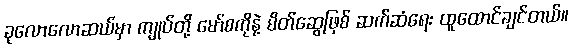
ခုလောလောဆယ်မှာ ကျုပ်တို့ မော်စကိုနဲ့ မိတ်ဆွေဖြစ် ဆက်ဆံရေး ထူထောင်ချင်တယ်။